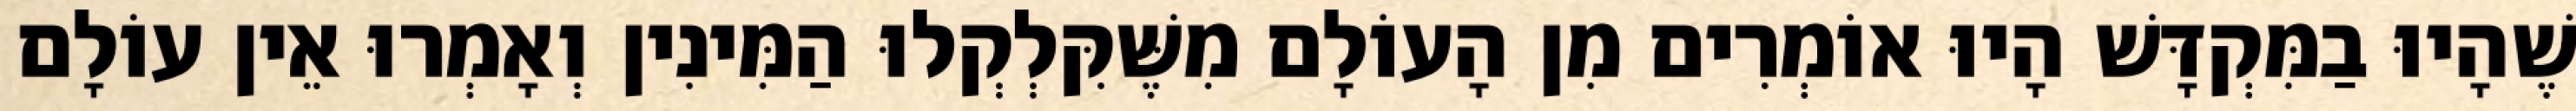
שֶׁהָיוּ בַמִּקְדָּשׁ הָיוּ אוֹמְרִים מִן הָעוֹלָם מִשֶּׁקִּלְקְלוּ הַמִּינִין וְאָמְרוּ אֵין עוֹלָם